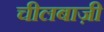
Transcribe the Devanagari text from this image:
चीलबाज़ी